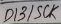
Text: D12